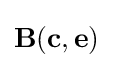
\mathbf {B} (\mathbf {c} ,\mathbf {e} )